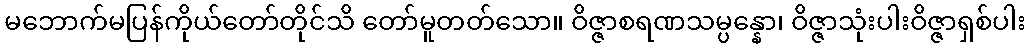
မဘောက်မပြန်ကိုယ်တော်တိုင်သိ တော်မူတတ်သော။ ဝိဇ္ဇာစရဏသမ္ပန္နော၊ ဝိဇ္ဇာသုံးပါးဝိဇ္ဇာရှစ်ပါး